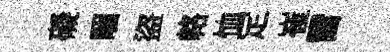
礙睏盜輅恤定崔雷